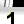
Digit: 1